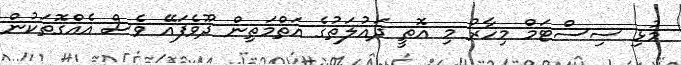
މުޅި ސިސްޓަމް މިހާރު މި އޮތީ ދައުލަތުގެ އަތްމަތިން ދޫވެފައޭ ވެސް އެއްގޮތަކުން